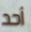
أحد